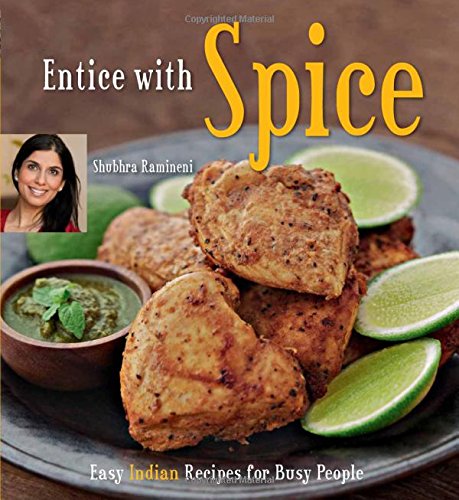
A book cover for Entice With Spice: Easy Indian Recipes for Busy People [Indian Cookbook, 95 Recipes]; Shubhra Ramineni; Cookbooks, Food & Wine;